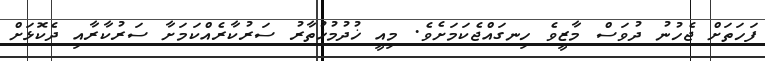
ފަހަތަށް ޖެހުނު ދުވަސް މާޒީވެ ހިނގައްޖެކަމަށެވެ. މިއީ ޚުދުމުޚުތާރު ސަރުކާރެއްކަމަށާ ސަރުކާރާއި ދެކޮޅަށް